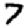
Digit: 7